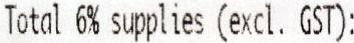
TOTAL 6% SUPPLIES (EXCL. GST):